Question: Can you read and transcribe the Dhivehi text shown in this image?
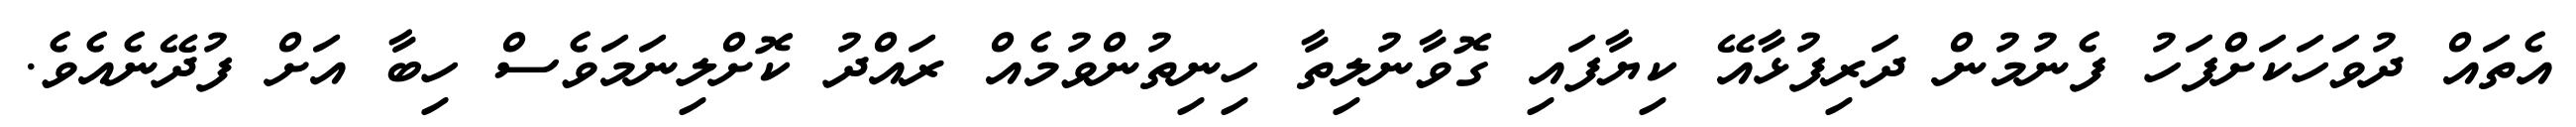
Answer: އެތައް ދުވަހަކަށްފަހު ފެނުމުން ދަރިފުޅާއޭ ކިޔާފައި ގޮވާނުލިތާ ހިނިތުންވުމެއް ރައްދު ކޮށްލިނަމަވެސް ހިބާ އަށް ފުދޭނެއެވެ.